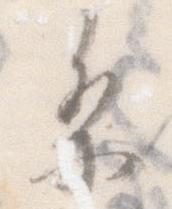
条